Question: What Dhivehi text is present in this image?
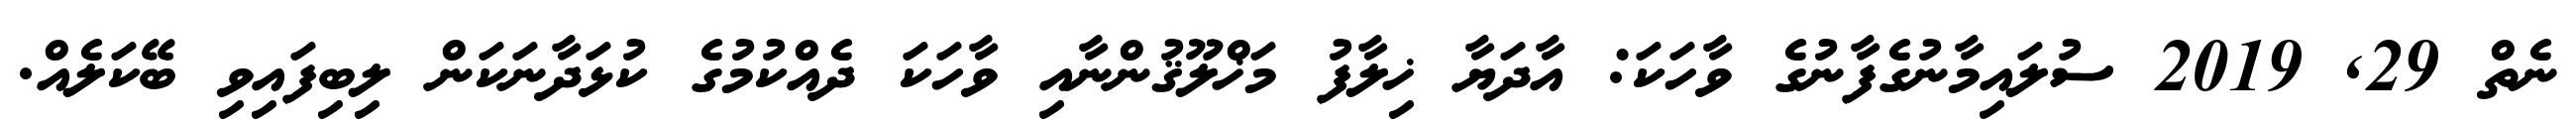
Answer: ނެތް 29, 2019 ސުލައިމާނުގެފާނުގެ ވާހަކަ: އާދަޔާ ޚިލާފު މަޚްލޫޤުންނާއި ވާހަކަ ދެއްކުމުގެ ކުޅަދާނަކަން ލިބިފައިވި ބޭކަލެއް.